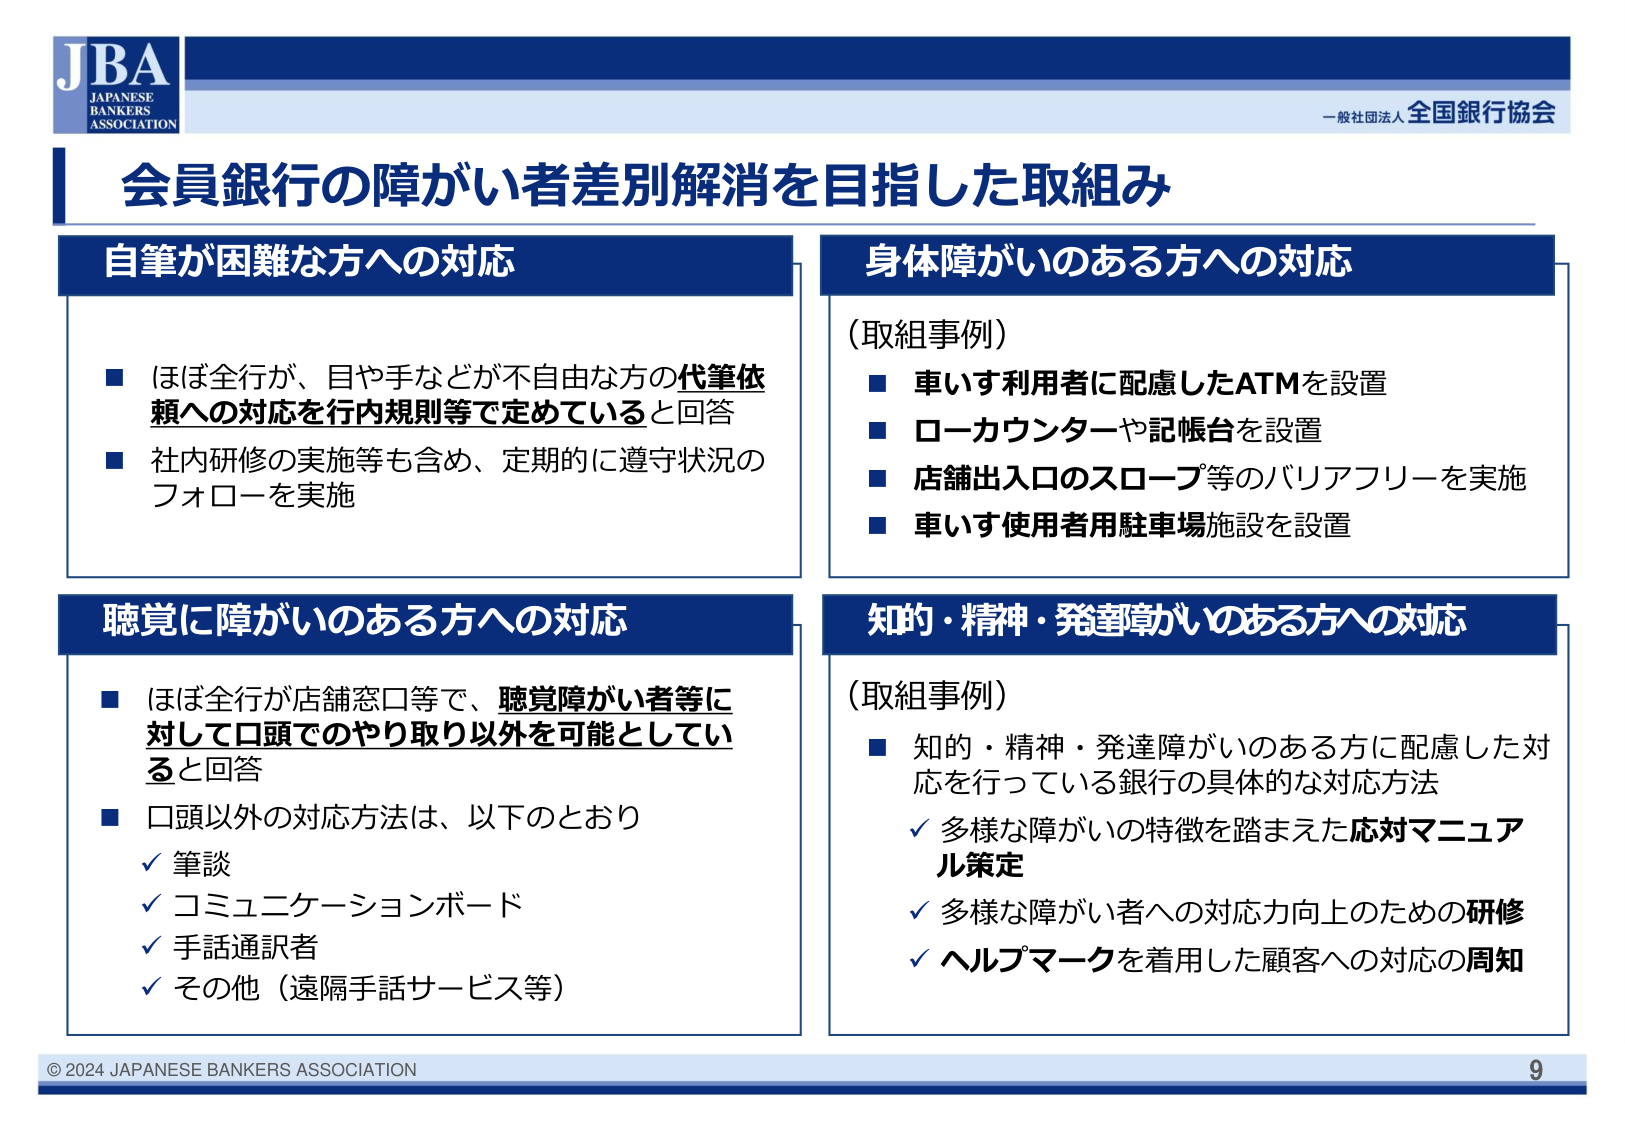
JBA
JAPANESE
BANKERS
ASSOCIATION

一般社団法人 全国銀行協会

会員銀行の障がい者差別解消を目指した取組み

自筆が困難な方への対応
■ ほぼ全行が、目や手などが不自由な方の代筆依頼への対応を行内規則等で定めていると回答
■ 社内研修の実施等も含め、定期的に遵守状況のフォローを実施

身体障がいのある方への対応
（取組事例）
■ 車いす利用者に配慮したATMを設置
■ ローカウンターや記帳台を設置
■ 店舗出入口のスロープ等のバリアフリーを実施
■ 車いす使用者用駐車場施設を設置

聴覚に障がいのある方への対応
■ ほぼ全行が店舗窓口等で、聴覚障がい者等に対して口頭でのやり取り以外を可能としていると回答
■ 口頭以外の対応方法は、以下のとおり
✓ 筆談
✓ コミュニケーションボード
✓ 手話通訳者
✓ その他（遠隔手話サービス等）

知的・精神・発達障がいのある方への対応
（取組事例）
■ 知的・精神・発達障がいのある方に配慮した対応を行っている銀行の具体的な対応方法
✓ 多様な障がいの特徴を踏まえた応対マニュアル策定
✓ 多様な障がい者への対応力向上のための研修
✓ ヘルプマークを着用した顧客への対応の周知

© 2024 JAPANESE BANKERS ASSOCIATION
9